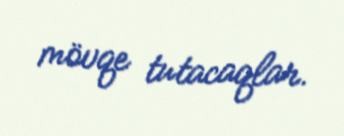
mövqe tutacaqlar.